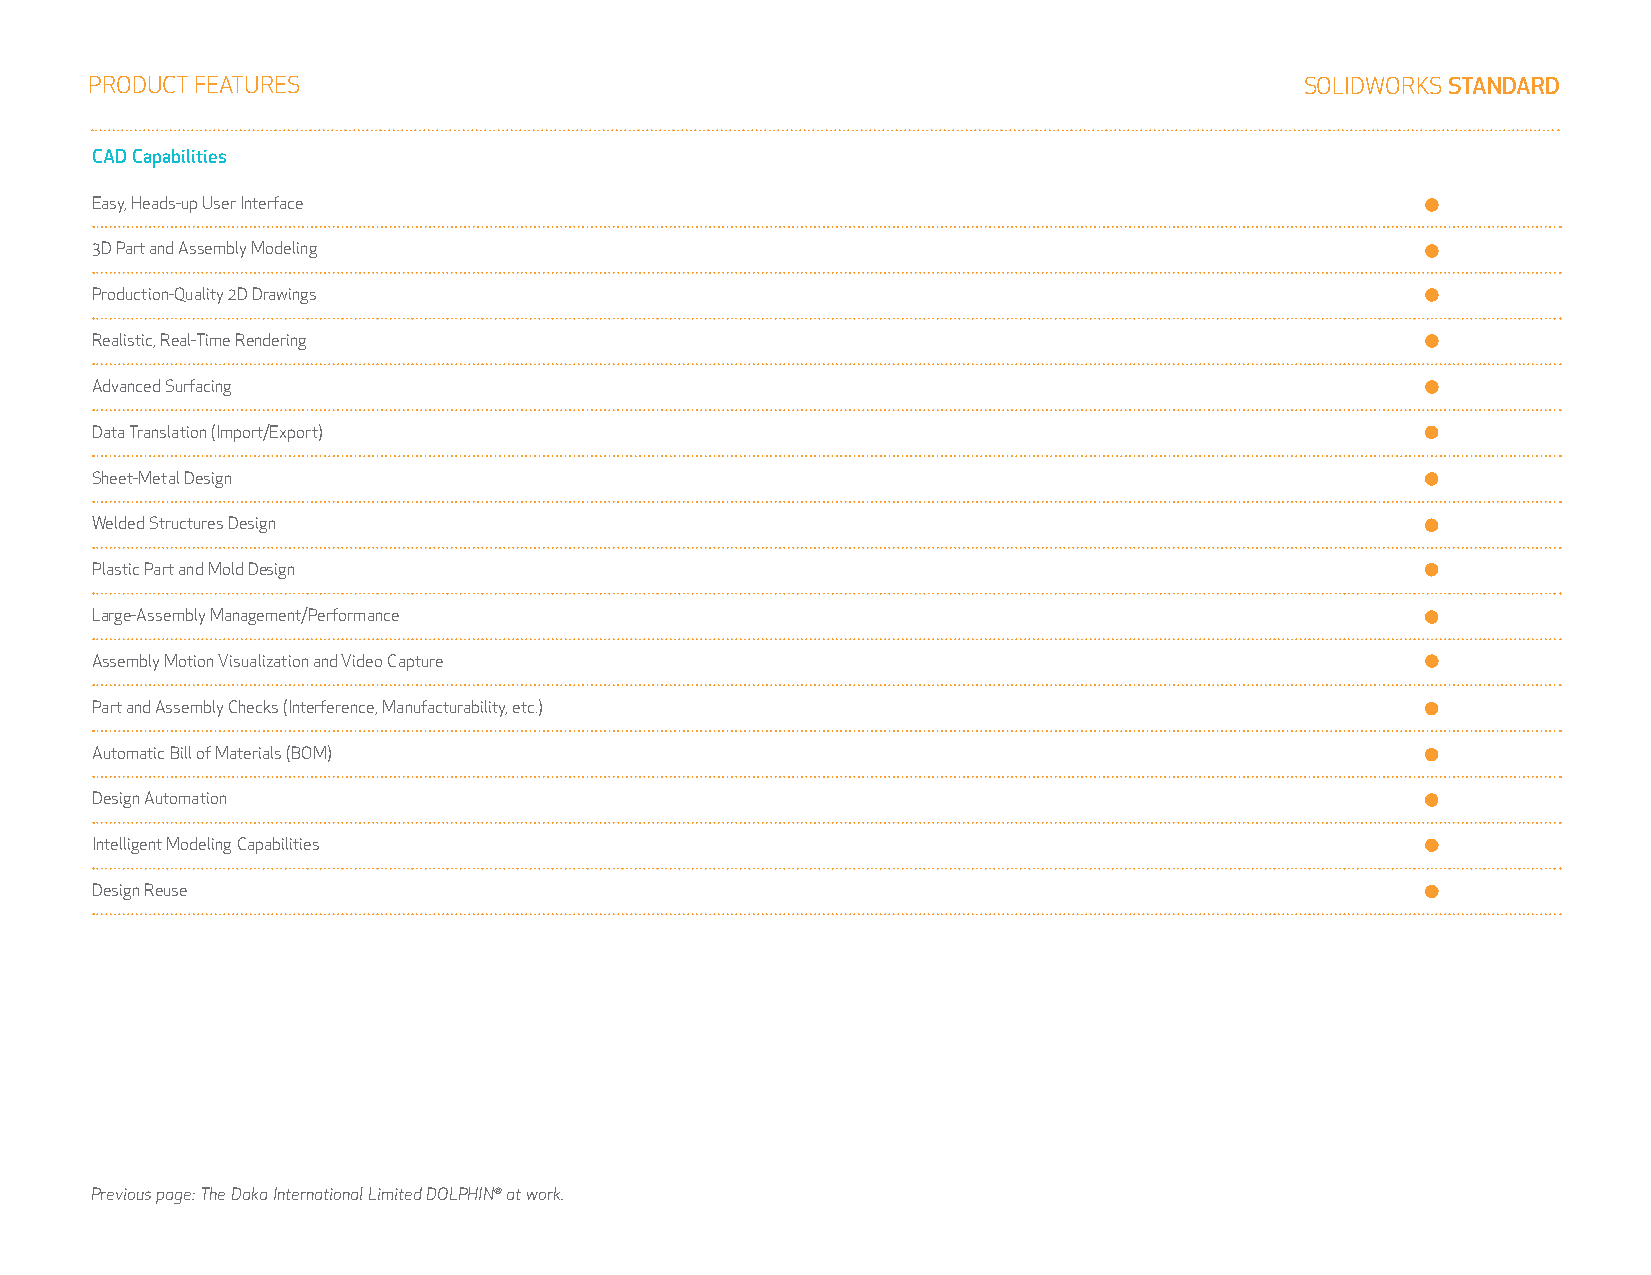
ProdUCT FEATUrES                                                                SolidWorkS STANDARD
 CAD Capabilities
 Easy, Heads-up User interface
 3d Part and Assembly Modeling
 Production-Quality 2d drawings
 realistic, real-Time rendering
 Advanced Surfacing
 data Translation (import/Export)
 Sheet-Metal design
 Welded Structures design
 Plastic Part and Mold design
 large-Assembly Management/Performance
 Assembly Motion Visualization and Video Capture
 Part and Assembly Checks (interference, Manufacturability, etc.)
 Automatic Bill of Materials (BoM)
 design Automation
 intelligent Modeling Capabilities
 design reuse
 Previous page: The Daka International Limited DOLPhIn® at work.